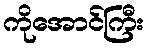
ကိုအောင်ကြီး